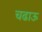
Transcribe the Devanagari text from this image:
चढाऊ